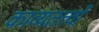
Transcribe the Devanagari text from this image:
काव्यतत्त्वों